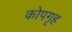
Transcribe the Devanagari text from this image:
कोपगृह